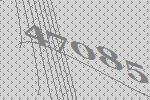
47085